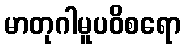
မာတုဂါမူပဝိစရော